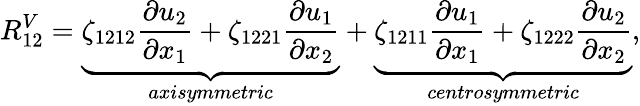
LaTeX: R_{12}^{V}=\underbrace{\zeta_{1212}\frac{\partial u_{2}}{\partial x_{1}}+\zeta_{1221}\frac{\partial u_{1}}{\partial x_{2}}}_{axisymmetric}+\underbrace{\zeta_{1211}\frac{\partial u_{1}}{\partial x_{1}}+\zeta_{1222}\frac{\partial u_{2}}{\partial x_{2}}}_{centrosymmetric},